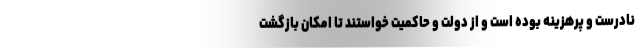
نادرست و پرهزینه بوده است و از دولت و حاکمیت خواستند تا امکان بازگشت